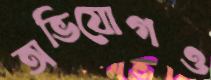
অভিযোগও